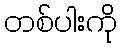
တစ်ပါးကို